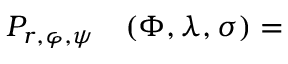
\begin{array} { r l } { P _ { r , \varphi , \psi } } & { { } ( \Phi , \lambda , \sigma ) = } \end{array}